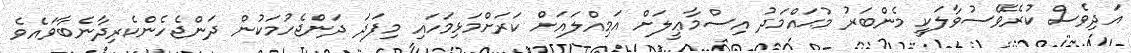
އަދިވެސް ކުރެވޭސުވާލަކީ މެންބަރު މުޙައްމަދު އިސްމާޢީލަށް އަމިއްލައަށް ކަރަށްމަޅިމަހައި މިފަދަ ދަންޖެހުމަކުން ދަންޖެހެންކެރިދާނެބާވައެވެ